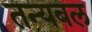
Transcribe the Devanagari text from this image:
तन्यबल